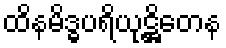
ထိနမိဒ္ဓပရိယုဋ္ဌိတေန